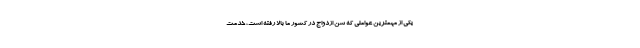
یکی از مهمترین عواملی که سن ازدواج در کشور ما بالا رفته است، خدمت